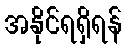
အနိုင်ရရှိရန်